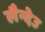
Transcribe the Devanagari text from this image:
लैन्देउ